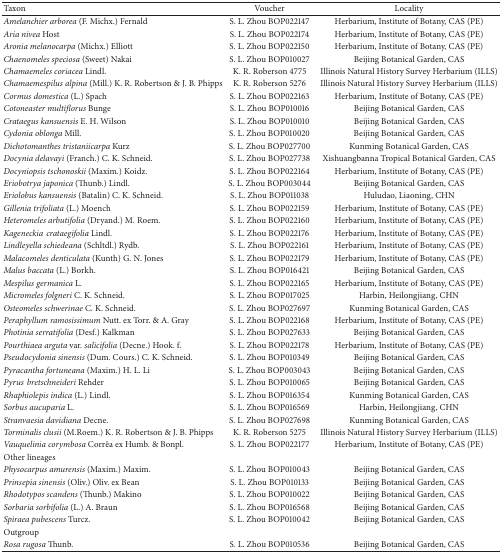
<table><thead><tr><td><b>Taxon</b></td><td><b>Voucher </b></td><td><b>Locality</b></td></tr></thead><tbody><tr><td><i>Amelanchier arborea</i> (F. Michx.) Fernald</td><td>S. L. Zhou BOP022147</td><td>Herbarium, Institute of Botany, CAS (PE)</td></tr><tr><td><i>Aria nivea</i> Host</td><td>S. L. Zhou BOP022174</td><td>Herbarium, Institute of Botany, CAS (PE)</td></tr><tr><td><i>Aronia melanocarpa</i> (Michx.) Elliott</td><td>S. L. Zhou BOP022150</td><td>Herbarium, Institute of Botany, CAS (PE)</td></tr><tr><td><i>Chaenomeles speciosa</i> (Sweet) Nakai</td><td>S. L. Zhou BOP010027</td><td>Beijing Botanical Garden, CAS</td></tr><tr><td><i>Chamaemeles coriacea</i> Lindl.</td><td>K. R. Roberson 4775</td><td>Illinois Natural History Survey Herbarium (ILLS)</td></tr><tr><td><i>Chamaemespilus alpina</i> (Mill.) K. R. Robertson &amp; J. B. Phipps</td><td>K. R. Roberson 5276</td><td>Illinois Natural History Survey Herbarium (ILLS)</td></tr><tr><td><i>Cormus domestica</i> (L.) Spach</td><td>S. L. Zhou BOP022163</td><td>Herbarium, Institute of Botany, CAS (PE)</td></tr><tr><td><i>Cotoneaster multiflorus</i> Bunge</td><td>S. L. Zhou BOP010016</td><td>Beijing Botanical Garden, CAS</td></tr><tr><td><i>Crataegus kansuensis</i> E. H. Wilson</td><td>S. L. Zhou BOP010010</td><td>Beijing Botanical Garden, CAS</td></tr><tr><td><i>Cydonia oblonga</i> Mill.</td><td>S. L. Zhou BOP010020</td><td>Beijing Botanical Garden, CAS</td></tr><tr><td><i>Dichotomanthes tristaniicarpa</i> Kurz</td><td>S. L. Zhou BOP027700</td><td>Kunming Botanical Garden, CAS</td></tr><tr><td><i>Docynia delavayi</i> (Franch.) C. K. Schneid.</td><td>S. L. Zhou BOP027738</td><td>Xishuangbanna Tropical Botanical Garden, CAS</td></tr><tr><td><i>Docyniopsis tschonoskii</i> (Maxim.) Koidz.</td><td>S. L. Zhou BOP022164</td><td>Herbarium, Institute of Botany, CAS (PE)</td></tr><tr><td><i>Eriobotrya japonica</i> (Thunb.) Lindl.</td><td>S. L. Zhou BOP003044</td><td>Beijing Botanical Garden, CAS</td></tr><tr><td><i>Eriolobus kansuensis</i> (Batalin) C. K. Schneid.</td><td>S. L. Zhou BOP011038</td><td>Huludao, Liaoning, CHN</td></tr><tr><td><i>Gillenia trifoliata </i>(L.) Moench</td><td>S. L. Zhou BOP022159</td><td>Herbarium, Institute of Botany, CAS (PE)</td></tr><tr><td><i>Heteromeles arbutifolia</i> (Dryand.) M. Roem.</td><td>S. L. Zhou BOP022160</td><td>Herbarium, Institute of Botany, CAS (PE)</td></tr><tr><td><i>Kageneckiacrataegifolia</i> Lindl.</td><td>S. L. Zhou BOP022176</td><td>Herbarium, Institute of Botany, CAS (PE)</td></tr><tr><td><i>Lindleyella schiedeana</i> (Schltdl.) Rydb.</td><td>S. L. Zhou BOP022161</td><td>Herbarium, Institute of Botany, CAS (PE)</td></tr><tr><td><i>Malacomeles denticulata</i> (Kunth) G. N. Jones</td><td>S. L. Zhou BOP022179</td><td>Herbarium, Institute of Botany, CAS (PE)</td></tr><tr><td><i>Malus baccata </i>(L.) Borkh.</td><td>S. L. Zhou BOP016421</td><td>Beijing Botanical Garden, CAS</td></tr><tr><td><i>Mespilus germanica</i> L.</td><td>S. L. Zhou BOP022165</td><td>Herbarium, Institute of Botany, CAS (PE)</td></tr><tr><td><i>Micromeles folgneri </i>C. K. Schneid.</td><td>S. L. Zhou BOP017025</td><td>Harbin, Heilongjiang, CHN</td></tr><tr><td><i>Osteomeles schwerinae </i>C. K. Schneid.</td><td>S. L. Zhou BOP027697</td><td>Kunming Botanical Garden, CAS</td></tr><tr><td><i>Peraphyllum ramosissimum</i> Nutt. ex Torr. &amp; A. Gray</td><td>S. L. Zhou BOP022168</td><td>Herbarium, Institute of Botany, CAS (PE)</td></tr><tr><td><i>Photinia serratifolia</i> (Desf.) Kalkman</td><td>S. L. Zhou BOP027633</td><td>Beijing Botanical Garden, CAS</td></tr><tr><td><i>Pourthiaea arguta</i> var. <i>salicifolia</i> (Decne.) Hook. f.</td><td>S. L. Zhou BOP022178</td><td>Herbarium, Institute of Botany, CAS (PE)</td></tr><tr><td><i>Pseudocydonia sinensis </i>(Dum. Cours.) C. K. Schneid.</td><td>S. L. Zhou BOP010349</td><td>Beijing Botanical Garden, CAS</td></tr><tr><td><i>Pyracantha fortuneana</i> (Maxim.) H. L. Li</td><td>S. L. Zhou BOP003043</td><td>Beijing Botanical Garden, CAS</td></tr><tr><td><i>Pyrusbretschneideri</i> Rehder</td><td>S. L. Zhou BOP010065</td><td>Beijing Botanical Garden, CAS</td></tr><tr><td><i>Rhaphiolepis indica</i> (L.) Lindl.</td><td>S. L. Zhou BOP016354</td><td>Kunming Botanical Garden, CAS</td></tr><tr><td><i>Sorbus aucuparia </i>L.</td><td>S. L. Zhou BOP016569</td><td>Harbin, Heilongjiang, CHN</td></tr><tr><td><i>Stranvaesia davidiana</i> Decne.</td><td>S. L. Zhou BOP027698</td><td>Kunming Botanical Garden, CAS</td></tr><tr><td><i>Torminalis clusii</i> (M.Roem.) K. R. Robertson &amp; J. B. Phipps</td><td>K. R. Roberson 5275</td><td>Illinois Natural History Survey Herbarium (ILLS)</td></tr><tr><td><i>Vauquelinia corymbosa</i> Corrêa ex Humb. &amp; Bonpl.</td><td>S. L. Zhou BOP022177</td><td>Herbarium, Institute of Botany, CAS (PE)</td></tr><tr><td>Other lineages</td><td> </td><td> </td></tr><tr><td><i>Physocarpus amurensis</i> (Maxim.) Maxim.</td><td>S. L. Zhou BOP010043</td><td>Beijing Botanical Garden, CAS</td></tr><tr><td><i>Prinsepia sinensis</i> (Oliv.) Oliv. ex Bean</td><td>S. L. Zhou BOP010133</td><td>Beijing Botanical Garden, CAS</td></tr><tr><td><i>Rhodotypos scandens</i> (Thunb.) Makino</td><td>S. L. Zhou BOP010022</td><td>Beijing Botanical Garden, CAS</td></tr><tr><td><i>Sorbaria sorbifolia</i> (L.) A. Braun</td><td>S. L. Zhou BOP016568</td><td>Beijing Botanical Garden, CAS</td></tr><tr><td><i>Spiraea pubescens</i> Turcz.</td><td>S. L. Zhou BOP010042</td><td>Beijing Botanical Garden, CAS</td></tr><tr><td>Outgroup</td><td> </td><td> </td></tr><tr><td><i>Rosa rugosa </i>Thunb.</td><td>S. L. Zhou BOP010536</td><td>Beijing Botanical Garden, CAS</td></tr></tbody></table>